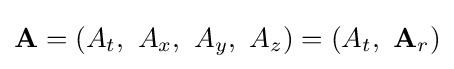
\mathbf {A} =\left(A_{t},\ A_{x},\ A_{y},\ A_{z}\right)=\left(A_{t},\ \mathbf {A} _{r}\right)